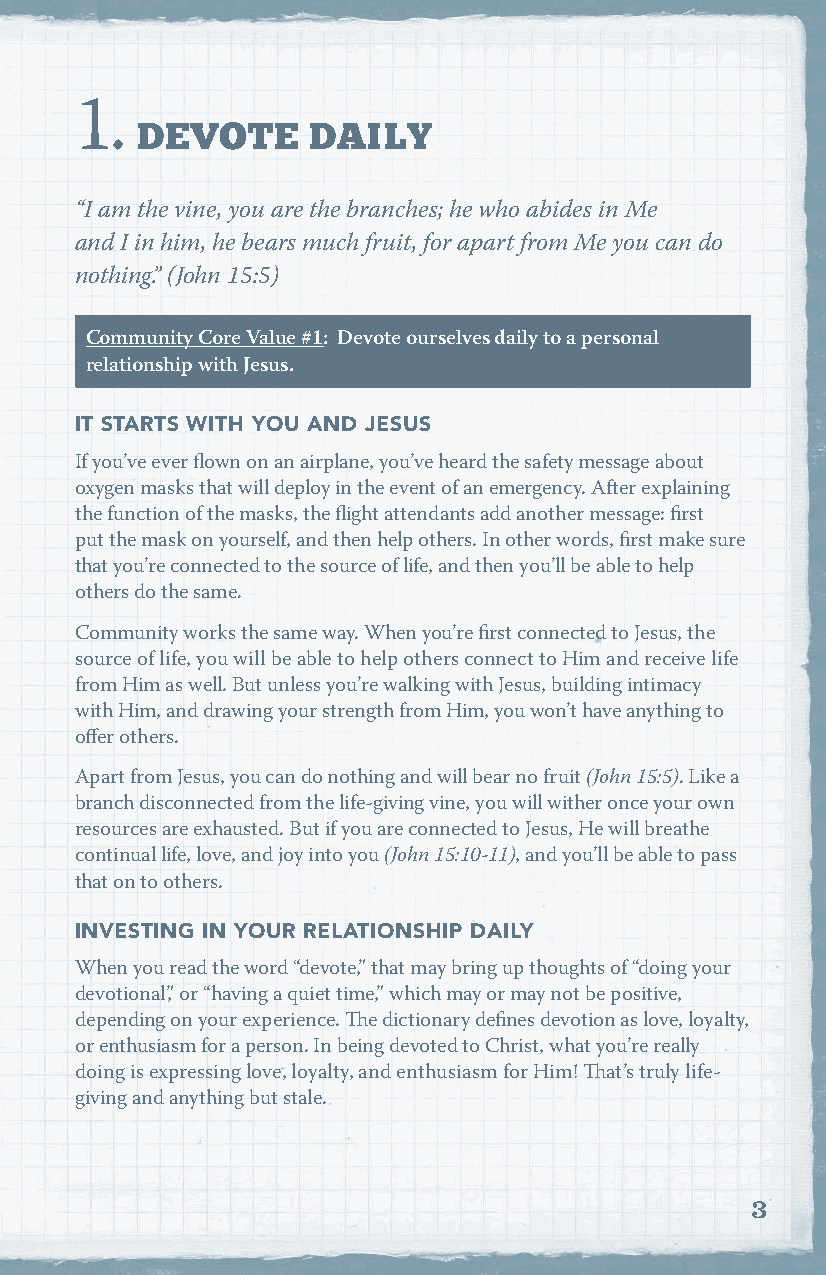
1.
 DEVOTE     DAILY
 “I am the vine, you are the branches; he who abides in Me
 and I in him, he bears much fruit, for apart from Me you can do
 nothing.” (John 15:5)
 Community Core Value #1: Devote ourselves daily to a personal
 relationship with Jesus.
 IT STARTS WITH YOU AND JESUS
 If you’ve ever flown on an airplane, you’ve heard the safety message about
 oxygen masks that will deploy in the event of an emergency. After explaining
 the function of the masks, the flight attendants add another message: first
 put the mask on yourself, and then help others. In other words, first make sure
 that you’re connected to the source of life, and then you’ll be able to help
 others do the same.
 Community works the same way. When you’re first connected to Jesus, the
 source of life, you will be able to help others connect to Him and receive life
 from Him as well. But unless you’re walking with Jesus, building intimacy
 with Him, and drawing your strength from Him, you won’t have anything to
 offer others.
 Apart from Jesus, you can do nothing and will bear no fruit (John 15:5). Like a
 branch disconnected from the life-giving vine, you will wither once your own
 resources are exhausted. But if you are connected to Jesus, He will breathe
 continual life, love, and joy into you (John 15:10-11), and you’ll be able to pass
 that on to others.
 INVESTING IN YOUR RELATIONSHIP DAILY
 When you read the word “devote,” that may bring up thoughts of “doing your
 devotional,” or “having a quiet time,” which may or may not be positive,
 depending on your experience. The dictionary defines devotion as love, loyalty,
 or enthusiasm for a person. In being devoted to Christ, what you’re really
 doing is expressing love, loyalty, and enthusiasm for Him! That’s truly life-
 giving and anything but stale.
 3